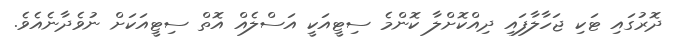
ދޮރުގައި ޓަކި ޖަހާލާފައި ދިއްކޮށްލާ ކޮންމެ ސިޓީއަކީ އަސްލެއް އޮތް ސިޓީއަކަށް ނުވެދާނެއެވެ.